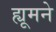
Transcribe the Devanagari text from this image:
ह्यूमने